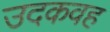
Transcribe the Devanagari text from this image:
उदकवह